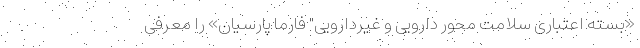
«بسته اعتباری سلامت محور دارویی و غیردارویی" فارما پارسیان» را معرفی